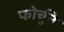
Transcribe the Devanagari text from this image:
फोर्चुने